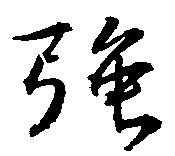
強